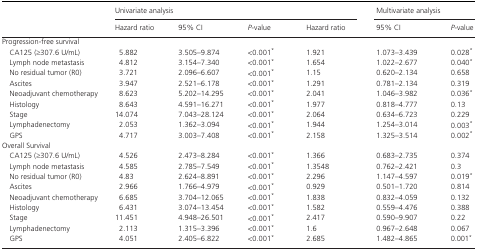
<table><thead><tr><td rowspan="2"></td><td colspan="4"><b>Univariate analysis</b></td><td colspan="2"><b>Multivariate analysis</b></td></tr><tr><td><b>Hazard ratio</b></td><td><b>95% CI</b></td><td><b><i>P</i>‐value</b></td><td><b>Hazard ratio</b></td><td><b>95% CI</b></td><td><b><i>P</i>‐value</b></td></tr></thead><tbody><tr><td colspan="7">Progression‐free survival</td></tr><tr><td>CA125 (≥307.6 U/mL)</td><td>5.882</td><td>3.505–9.874</td><td>&lt;0.001a</td><td>1.921</td><td>1.073–3.439</td><td>0.028a</td></tr><tr><td>Lymph node metastasis</td><td>4.812</td><td>3.154–7.340</td><td>&lt;0.001a</td><td>1.654</td><td>1.022–2.677</td><td>0.040a</td></tr><tr><td>No residual tumor (R0)</td><td>3.721</td><td>2.096–6.607</td><td>&lt;0.001a</td><td>1.15</td><td>0.620–2.134</td><td>0.658</td></tr><tr><td>Ascites</td><td>3.947</td><td>2.521–6.178</td><td>&lt;0.001a</td><td>1.291</td><td>0.781–2.134</td><td>0.319</td></tr><tr><td>Neoadjuvant chemotherapy</td><td>8.623</td><td>5.202–14.295</td><td>&lt;0.001a</td><td>2.041</td><td>1.046–3.982</td><td>0.036a</td></tr><tr><td>Histology</td><td>8.643</td><td>4.591–16.271</td><td>&lt;0.001a</td><td>1.977</td><td>0.818–4.777</td><td>0.13</td></tr><tr><td>Stage</td><td>14.074</td><td>7.043–28.124</td><td>&lt;0.001a</td><td>2.064</td><td>0.634–6.723</td><td>0.229</td></tr><tr><td>Lymphadenectomy</td><td>2.053</td><td>1.362–3.094</td><td>&lt;0.001a</td><td>1.944</td><td>1.254–3.014</td><td>0.003a</td></tr><tr><td>GPS</td><td>4.717</td><td>3.003–7.408</td><td>&lt;0.001a</td><td>2.158</td><td>1.325–3.514</td><td>0.002a</td></tr><tr><td colspan="7">Overall Survival</td></tr><tr><td>CA125 (≥307.6 U/mL)</td><td>4.526</td><td>2.473–8.284</td><td>&lt;0.001a</td><td>1.366</td><td>0.683–2.735</td><td>0.374</td></tr><tr><td>Lymph node metastasis</td><td>4.585</td><td>2.785–7.549</td><td>&lt;0.001a</td><td>1.3548</td><td>0.762–2.421</td><td>0.3</td></tr><tr><td>No residual tumor (R0)</td><td>4.83</td><td>2.624–8.891</td><td>&lt;0.001a</td><td>2.296</td><td>1.147–4.597</td><td>0.019a</td></tr><tr><td>Ascites</td><td>2.966</td><td>1.766–4.979</td><td>&lt;0.001a</td><td>0.929</td><td>0.501–1.720</td><td>0.814</td></tr><tr><td>Neoadjuvant chemotherapy</td><td>6.685</td><td>3.704–12.065</td><td>&lt;0.001a</td><td>1.838</td><td>0.832–4.059</td><td>0.132</td></tr><tr><td>Histology</td><td>6.431</td><td>3.074–13.454</td><td>&lt;0.001a</td><td>1.582</td><td>0.559–4.476</td><td>0.388</td></tr><tr><td>Stage</td><td>11.451</td><td>4.948–26.501</td><td>&lt;0.001a</td><td>2.417</td><td>0.590–9.907</td><td>0.22</td></tr><tr><td>Lymphadenectomy</td><td>2.113</td><td>1.315–3.396</td><td>&lt;0.001a</td><td>1.6</td><td>0.967–2.648</td><td>0.067</td></tr><tr><td>GPS</td><td>4.051</td><td>2.405–6.822</td><td>&lt;0.001a</td><td>2.685</td><td>1.482–4.865</td><td>0.001a</td></tr></tbody></table>